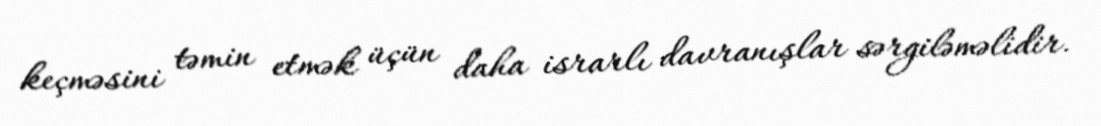
keçməsini təmin etmək üçün daha israrlı davranışlar sərgiləməlidir.